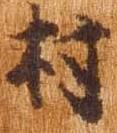
村